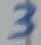
Text: 3